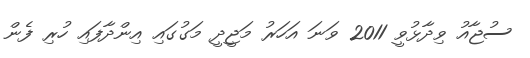
ސުޖާއު ވިދާޅުވީ 2011 ވަނަ އަހަރު މަޖީދީ މަގުގައި އިންދާފައި ހުރި ފެން